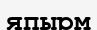
япырм